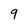
Character: 9